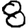
Digit: 8